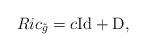
LaTeX: \begin{align*} Ric_{\tilde{g}}=c\mathrm{Id}+\mathrm{D},\end{align*}